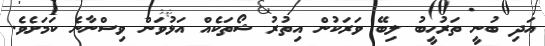
އަދި ބުނީ ތަރުހީބު ލިބޭ ވަރަކުން އިތުރު ޝޯތަކެއް އަޅުވަން ވިސްނާނެ ކަމަށެވެ.